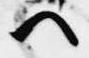
へ